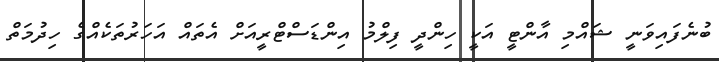
ބުނެފައިވަނީ ޝައްމި އާންޓީ އަކީ ހިންދީ ފިލްމު އިންޑަސްޓްރީއަށް އެތައް އަހަރުތަކެއްގެ ހިދުމަތް